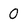
Character: 0